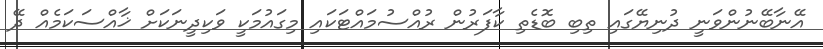
އޭނާބޭނުންވަނީ ދުނިޔޭގައި ތިބި ބޮޑެތި ކާފަރުން ރުއްސުމައްޓަކައި މިގައުމަކީ ވަކިދީނަކަށް ޚާއްސަކަމެއް ދޭ